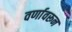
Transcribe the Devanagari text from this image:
वर्णावरून